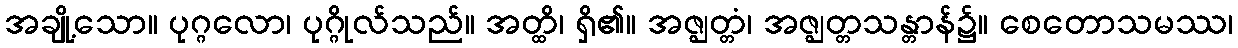
အချို့သော။ ပုဂ္ဂလော၊ ပုဂ္ဂိုလ်သည်။ အတ္ထိ၊ ရှိ၏။ အဇ္ဈတ္တံ၊ အဇ္ဈတ္တသန္တာန်၌။ စေတောသမဿ၊